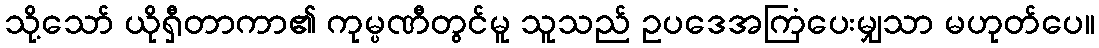
သို့သော် ယိုရှီတာကာ၏ ကုမ္ပဏီတွင်မူ သူသည် ဥပဒေအကြံပေးမျှသာ မဟုတ်ပေ။